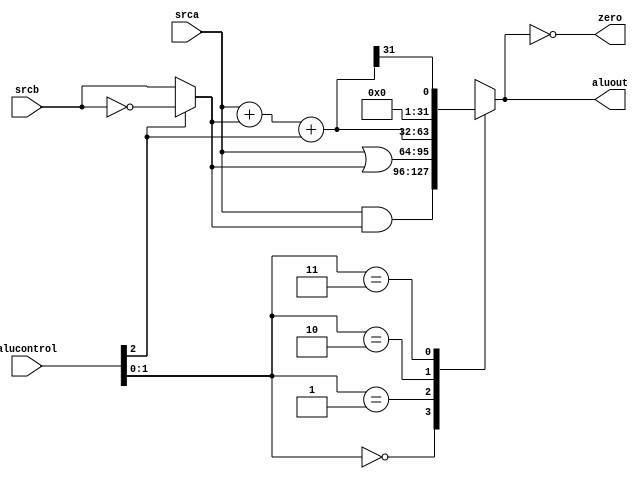

module alu (
    input  [31:0] srca, srcb,
    input  [ 2:0] alucontrol ,
    output reg [31:0] aluout ,
    output zero 
);

    wire [31:0] not_b,b_mux,sum,slt;
    assign not_b = ~ srcb;

    assign b_mux = (1'b0 == alucontrol[2]) ? srcb : not_b;

    assign sum = srca + b_mux + alucontrol[2];
    assign slt = sum[31];


    always@(*)
    begin
        case (alucontrol[1:0])
            2'b00:aluout=srca & b_mux;
            2'b01:aluout=srca | b_mux;
            2'b10:aluout=sum;
            2'b11:aluout=slt;
        endcase
    end

    assign zero = (aluout==32'b0);    

endmodule